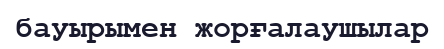
бауырымен жорғалаушылар